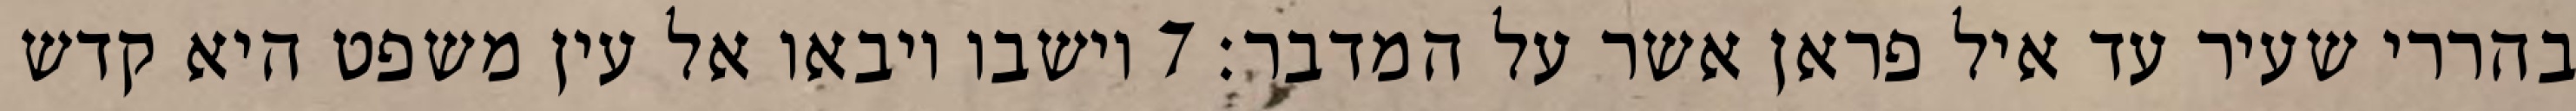
בהררי שעיר עד איל פראן אשר על המדבר׃ ‎7‏ וישבו ויבאו אל עין משפט היא קדש